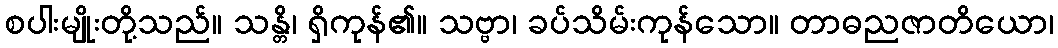
စပါးမျိုးတို့သည်။ သန္တိ၊ ရှိကုန်၏။ သဗ္ဗာ၊ ခပ်သိမ်းကုန်သော။ တာဓညဇာတိယော၊